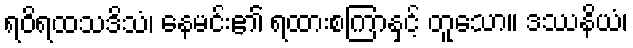
ရဝိရထသဒိသံ၊ နေမင်း၏ ရထားစကြာနှင့် တူသော။ ဒဿနိယံ၊